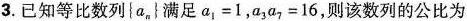
3.已知等比数列{a_{n}}满足$$a_{1} = 1$$，$$a_{3}a_{7} = 16$$，则该数列的公比为